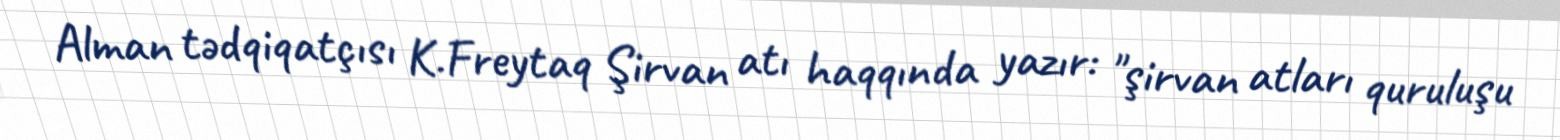
Alman tədqiqatçısı K.Freytaq Şirvan atı haqqında yazır: "şirvan atları quruluşu